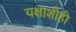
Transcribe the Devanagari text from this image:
यक्षाशीही